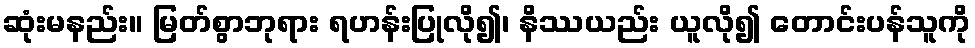
ဆုံးမနည်း။ မြတ်စွာဘုရား ရဟန်းပြုလို၍၊ နိဿယည်း ယူလို၍ တောင်းပန်သူကို